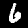
Label: 6